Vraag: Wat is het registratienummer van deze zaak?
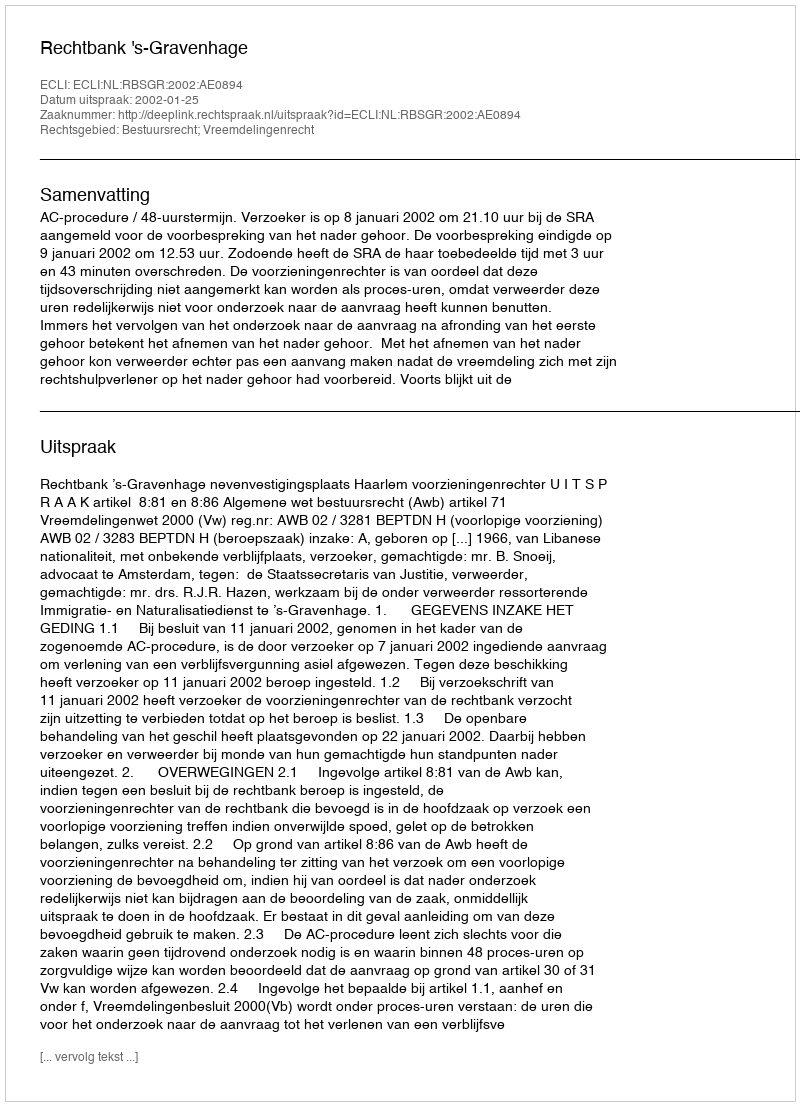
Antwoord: http://deeplink.rechtspraak.nl/uitspraak?id=ECLI:NL:RBSGR:2002:AE0894